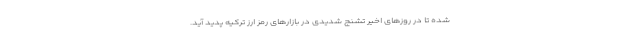
شده تا در روزهای اخیر تشنج شدیدی در بازارهای رمز ارز ترکیه پدید آید.